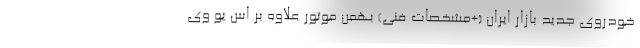
خودروی جدید بازار ایران (+مشخصات فنی) بهمن موتور علاوه بر اس یو وی